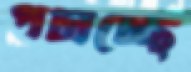
পচাচ্ছে